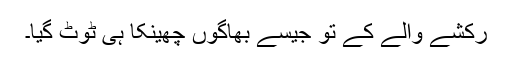
رکشے والے کے تو جیسے بھاگوں چھینکا ہی ٹوٹ گیا۔